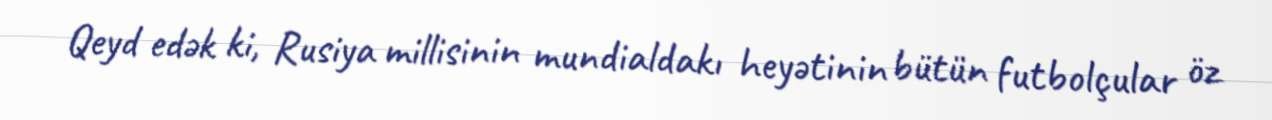
Qeyd edək ki, Rusiya millisinin mundialdakı heyətinin bütün futbolçular öz